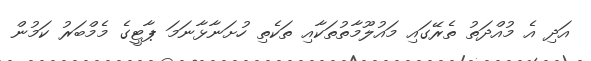
އަދި އެ މުއްދަތު ތެރޭގައި މައުލޫމާތުތަކާއި ތަކެތި ހުށަނާޅާނަމަ ޕާޓީގެ މެމްބަރު ކަމުން